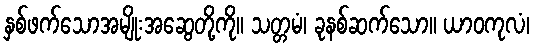
နှစ်ဖက်သောအမျိုးအဆွေတို့ကို။ သတ္တမံ၊ ခုနစ်ဆက်သော။ ယာဝကုလံ၊